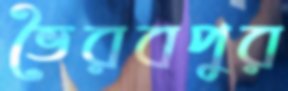
ভৈরবপুর